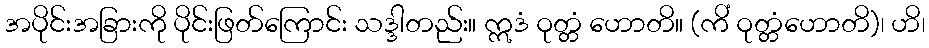
အပိုင်းအခြားကို ပိုင်းဖြတ်ကြောင်း သဒ္ဒါတည်း။ ဣဒံ ဝုတ္တံ ဟောတိ။ (ကိံ ဝုတ္တံဟောတိ)၊ ဟိ၊